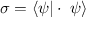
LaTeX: \sigma = \langle \psi | \cdot \; \psi \rangle